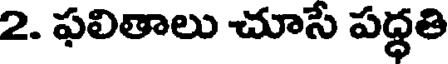
2. ఫలితాలు చూసే పద్ధతి